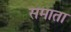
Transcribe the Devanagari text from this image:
समाता